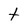
Character: t